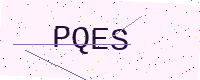
Text: PQES